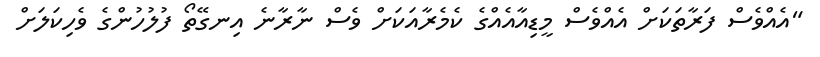
"އެއްވެސް ފަރާތަކަށް އެއްވެސް މީޑިއާއެއްގެ ކެމެރާއަކަށް ވެސް ނާރާނެ އިނގޭތޯ ފުލުުހުންގެ ވެހިކަލަށް